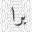
برا